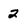
Character: 2